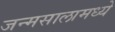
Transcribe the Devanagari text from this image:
जन्मसालामध्ये